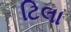
ટિલા